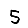
Digit: 5